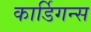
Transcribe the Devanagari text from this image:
कार्डिगन्स